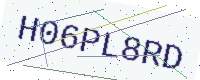
Text: H06PL8RD